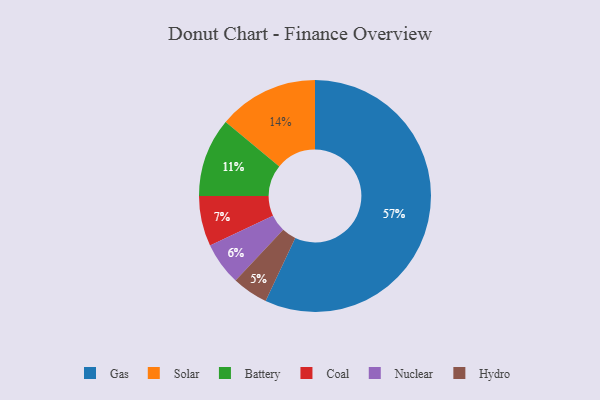
{"axis": {"x": "Category", "y": "Percentage"}, "legend": ["Battery", "Coal", "Gas", "Hydro", "Nuclear", "Solar"], "data": [{"x": "Gas", "y": 57, "type": "Gas"}, {"x": "Coal", "y": 7, "type": "Coal"}, {"x": "Battery", "y": 11, "type": "Battery"}, {"x": "Nuclear", "y": 6, "type": "Nuclear"}, {"x": "Solar", "y": 14, "type": "Solar"}, {"x": "Hydro", "y": 5, "type": "Hydro"}]}